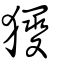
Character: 獿